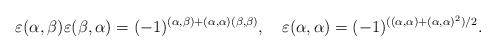
LaTeX: \begin{align*}\varepsilon(\alpha,\beta)\varepsilon(\beta, \alpha)=(-1)^{(\alpha, \beta)+(\alpha,\alpha)(\beta, \beta)},\ \ \ \varepsilon(\alpha, \alpha) = (-1)^{((\alpha, \alpha)+(\alpha, \alpha)^2)/2}.\end{align*}